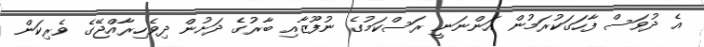
އެ ދުވަސް ފާހަގަކުރަމުން އަންނަނީ ރަސްކަމުގެ ނުފޫޒާއި ބާރުގެ ދަށުން ދިވެހިރާއްޖޭގެ ވެރިކަން